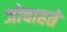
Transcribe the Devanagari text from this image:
जोचाहते